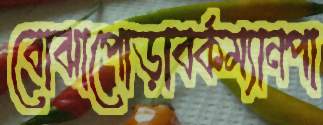
বোঝাপোড়াবর্কম্যানপা